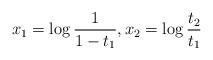
LaTeX: \begin{align*}x_1=\log\frac{1}{1-t_1}, x_2=\log\frac{t_2}{t_1}\end{align*}